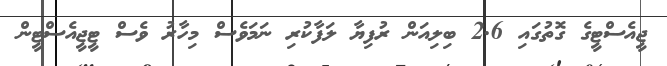
ޖީއެސްޓީގެ ގޮތުގައި 2.6 ބިލިއަން ރުފިޔާ ލަފާކުރި ނަމަވެސް މިހާރު ވެސް ޓީޖީއެސްޓީން